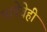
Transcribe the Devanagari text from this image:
भाषेचेही